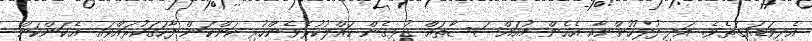
އެދިވަޑައިގަތެވެ. އަދި ފުލުހުންނާއި އެހެން މުއައްސަސާތައް ގުޅިގެން ހައްލުކުރެވެންހުރި ކަންކަން ފާހަގަކުރައްވައި އެކަންކަން